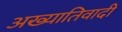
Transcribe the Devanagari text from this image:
अख्यातिवादी